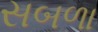
સબળા